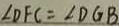
\angle D F C = \angle D G B